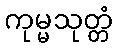
ကုမ္မသုတ္တံ